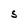
Character: S